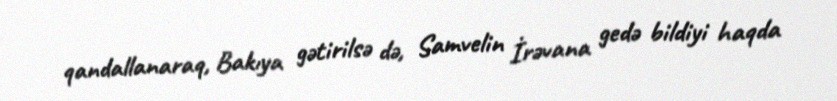
qandallanaraq, Bakıya gətirilsə də, Samvelin İrəvana gedə bildiyi haqda